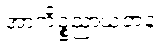
အာကိဉ္စညာယတန